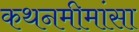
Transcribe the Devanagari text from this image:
कथनमीमांसा